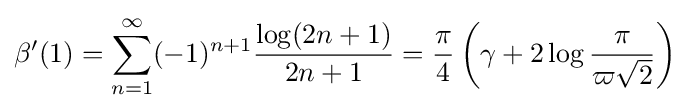
\beta '(1)=\sum _{n=1}^{\infty }(-1)^{n+1}{\frac {\log(2n+1)}{2n+1}}={\frac {\pi }{4}}\left(\gamma +2\log {\frac {\pi }{\varpi {\sqrt {2}}}}\right)